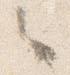
々